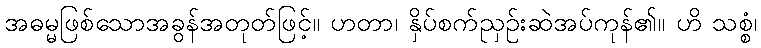
အဓမ္မဖြစ်သောအခွန်အတုတ်ဖြင့်။ ဟတာ၊ နှိပ်စက်ညှဉ်းဆဲအပ်ကုန်၏။ ဟိ သစ္စံ၊